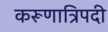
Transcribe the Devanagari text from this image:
करूणात्रिपदी